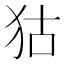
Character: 狜